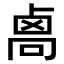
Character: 𠨄